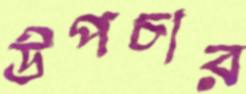
উপচার